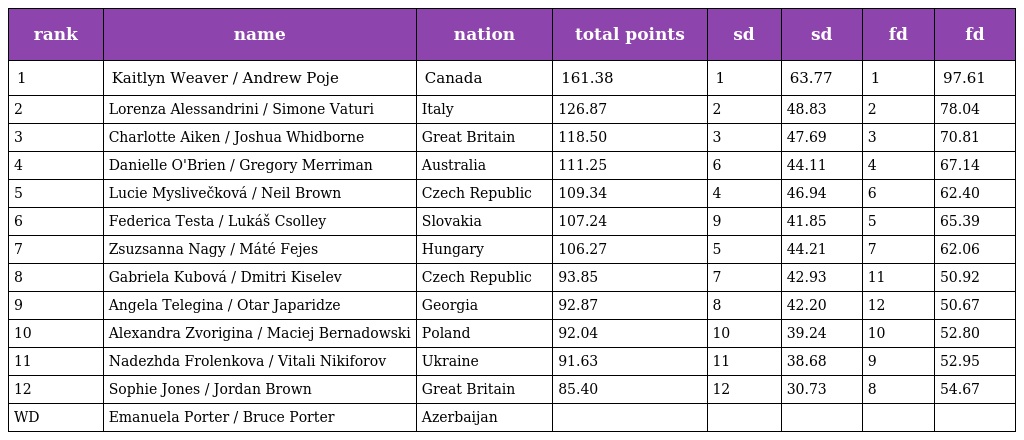
| rank | name | nation | total points | sd | sd | fd | fd |
 | --- | --- | --- | --- | --- | --- | --- | --- |
 | 1 | Kaitlyn Weaver / Andrew Poje | Canada | 161.38 | 1 | 63.77 | 1 | 97.61 |
 | 2 | Lorenza Alessandrini / Simone Vaturi | Italy | 126.87 | 2 | 48.83 | 2 | 78.04 |
 | 3 | Charlotte Aiken / Joshua Whidborne | Great Britain | 118.50 | 3 | 47.69 | 3 | 70.81 |
 | 4 | Danielle O'Brien / Gregory Merriman | Australia | 111.25 | 6 | 44.11 | 4 | 67.14 |
 | 5 | Lucie Myslivečková / Neil Brown | Czech Republic | 109.34 | 4 | 46.94 | 6 | 62.40 |
 | 6 | Federica Testa / Lukáš Csolley | Slovakia | 107.24 | 9 | 41.85 | 5 | 65.39 |
 | 7 | Zsuzsanna Nagy / Máté Fejes | Hungary | 106.27 | 5 | 44.21 | 7 | 62.06 |
 | 8 | Gabriela Kubová / Dmitri Kiselev | Czech Republic | 93.85 | 7 | 42.93 | 11 | 50.92 |
 | 9 | Angela Telegina / Otar Japaridze | Georgia | 92.87 | 8 | 42.20 | 12 | 50.67 |
 | 10 | Alexandra Zvorigina / Maciej Bernadowski | Poland | 92.04 | 10 | 39.24 | 10 | 52.80 |
 | 11 | Nadezhda Frolenkova / Vitali Nikiforov | Ukraine | 91.63 | 11 | 38.68 | 9 | 52.95 |
 | 12 | Sophie Jones / Jordan Brown | Great Britain | 85.40 | 12 | 30.73 | 8 | 54.67 |
 | WD | Emanuela Porter / Bruce Porter | Azerbaijan |  |  |  |  |  |